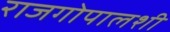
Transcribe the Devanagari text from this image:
राजगोपालशी